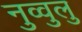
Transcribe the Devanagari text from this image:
नुव्वुलु